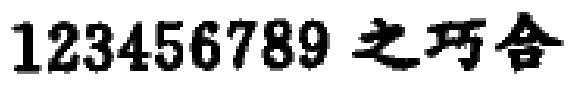
$123456789 \ 之巧合$